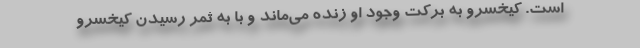
است. کیخسرو به برکت وجود او زنده می‌ماند و با به ثمر رسیدن کیخسرو